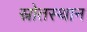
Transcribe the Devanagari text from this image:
स्रोतस्थान